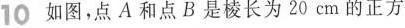
10如图，点A和点B是棱长为20cm的正方